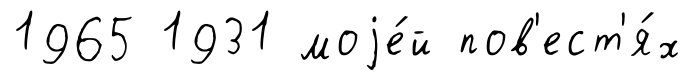
1965 1931 моjе́й пов'ест'я́х